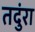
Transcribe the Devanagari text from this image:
तदुंरा